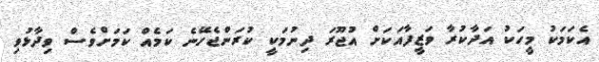
އެކަމަކު މީހަކު އަދާކުރާ ވަޒީފާއަކަށް އުޖޫރަ ދިނުމަކީ ކުރަންޖެހޭނެ ކަމެއް ކަމަށްވެސް ވިދާޅުވި